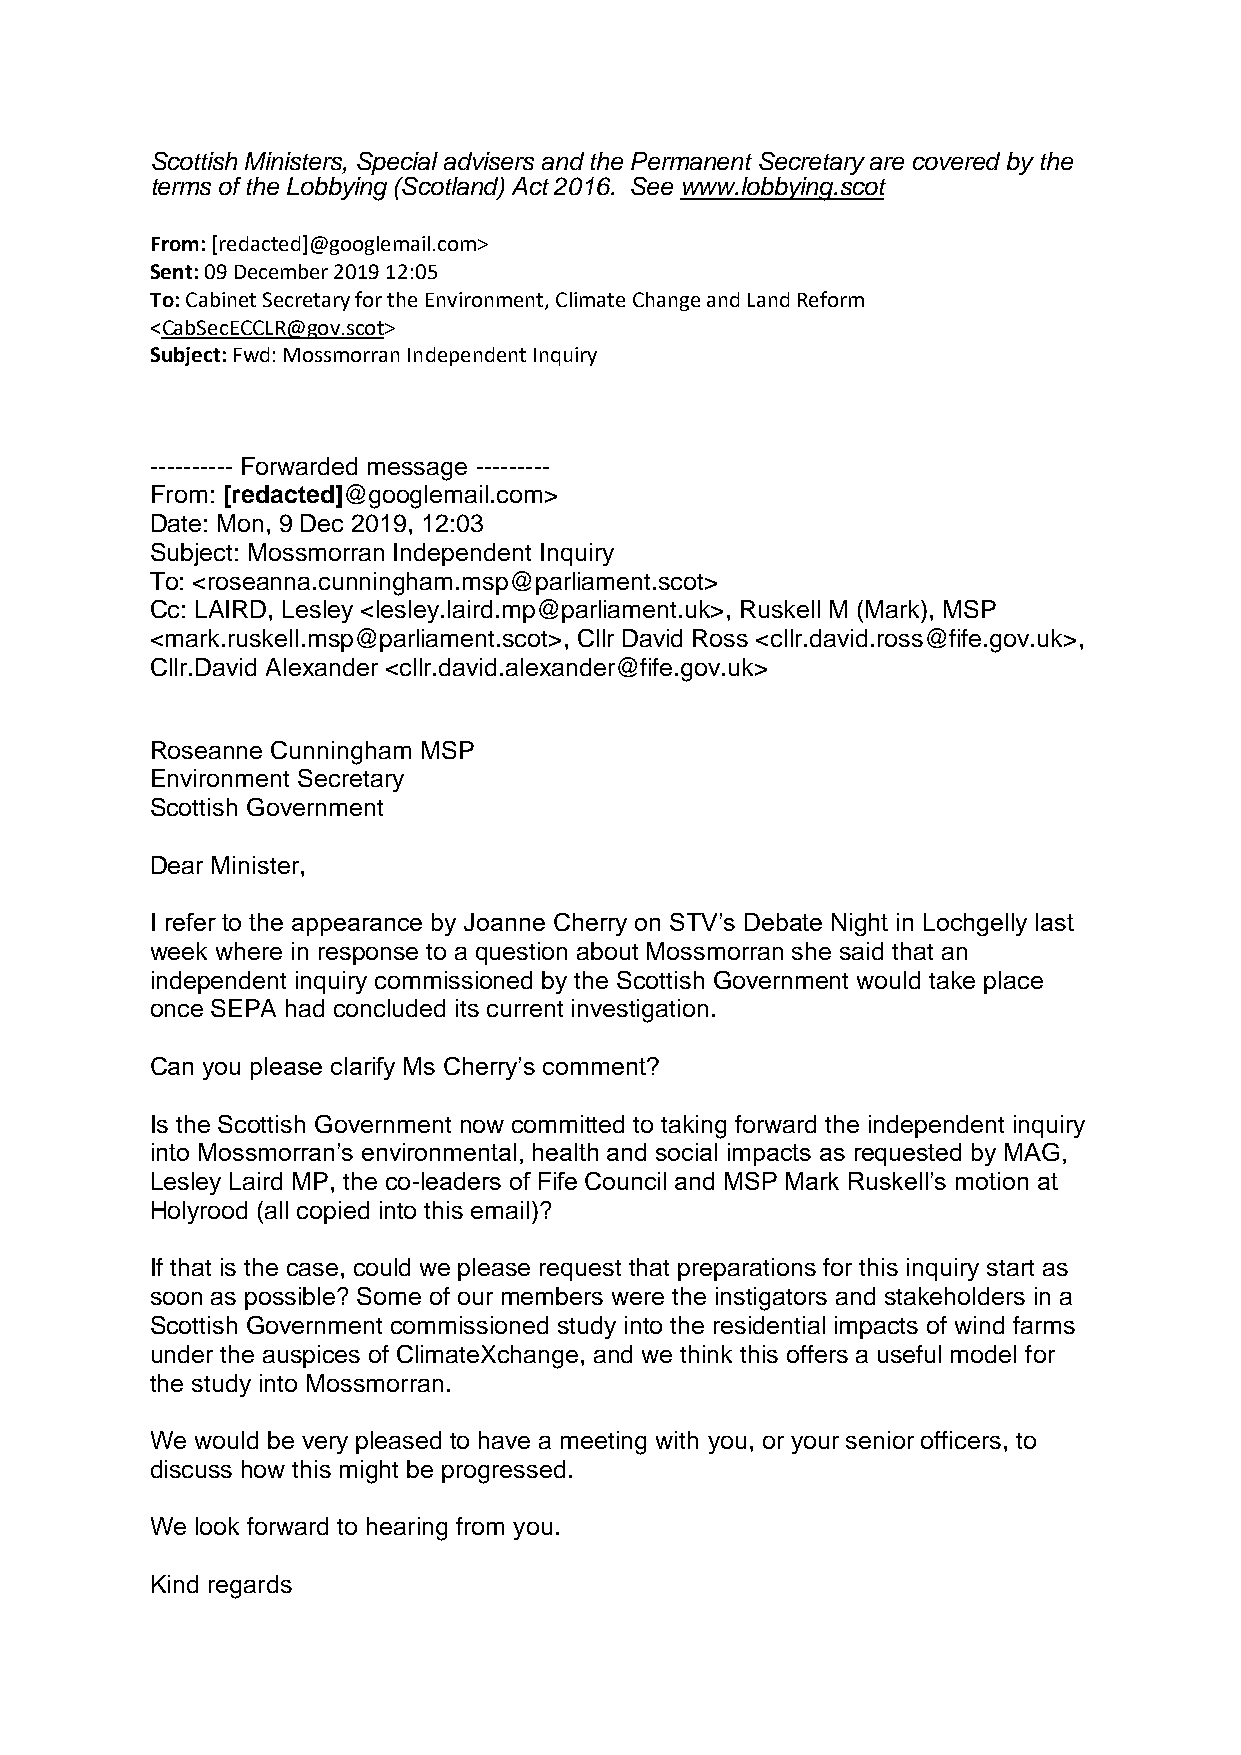
Scottish Ministers, Special advisers and the Permanent Secretary are covered by the
 terms of the Lobbying (Scotland) Act 2016. See www.lobbying.scot
 From: [redacted]@googlemail.com>
 Sent: 09 December 2019 12:05
 To: Cabinet Secretary for the Environment, Climate Change and Land Reform
 <CabSecECCLR@gov.scot>
 Subject: Fwd: Mossmorran Independent Inquiry
 ---------- Forwarded message ---------
 From: [redacted]@googlemail.com>
 Date: Mon, 9 Dec 2019, 12:03
 Subject: Mossmorran Independent Inquiry
 To: <roseanna.cunningham.msp@parliament.scot>
 Cc: LAIRD, Lesley <lesley.laird.mp@parliament.uk>, Ruskell M (Mark), MSP
 <mark.ruskell.msp@parliament.scot>, Cllr David Ross <cllr.david.ross@fife.gov.uk>,
 Cllr.David Alexander <cllr.david.alexander@fife.gov.uk>
 Roseanne Cunningham MSP
 Environment Secretary
 Scottish Government
 Dear Minister,
 I refer to the appearance by Joanne Cherry on STV’s Debate Night in Lochgelly last
 week where in response to a question about Mossmorran she said that an
 independent inquiry commissioned by the Scottish Government would take place
 once SEPA had concluded its current investigation.
 Can you please clarify Ms Cherry’s comment?
 Is the Scottish Government now committed to taking forward the independent inquiry
 into Mossmorran’s environmental, health and social impacts as requested by MAG,
 Lesley Laird MP, the co-leaders of Fife Council and MSP Mark Ruskell’s motion at
 Holyrood (all copied into this email)?
 If that is the case, could we please request that preparations for this inquiry start as
 soon as possible? Some of our members were the instigators and stakeholders in a
 Scottish Government commissioned study into the residential impacts of wind farms
 under the auspices of ClimateXchange, and we think this offers a useful model for
 the study into Mossmorran.
 We would be very pleased to have a meeting with you, or your senior officers, to
 discuss how this might be progressed.
 We look forward to hearing from you.
 Kind regards